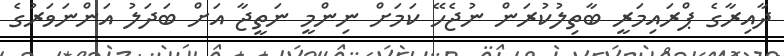
ދާއިރާގެ ޕްރައިމަރީ ބާތިލުކުރަން ނުޖެހޭ ކަމަށް ނިންމީ ނަތީޖާ އަށް ބަދަލު އަންނަވަރުގެ